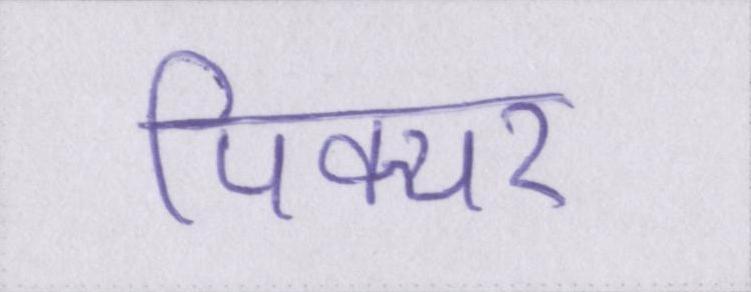
पिक्चर